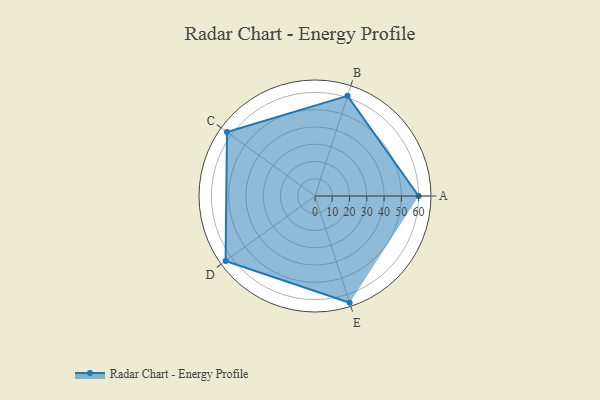
{"axis": {"x": "Skill", "y": "Score"}, "legend": ["Profile"], "data": [{"x": "A", "y": 60.0, "type": "Profile"}, {"x": "B", "y": 61.0, "type": "Profile"}, {"x": "C", "y": 63.0, "type": "Profile"}, {"x": "D", "y": 64.0, "type": "Profile"}, {"x": "E", "y": 65.0, "type": "Profile"}]}